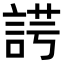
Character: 𧨄